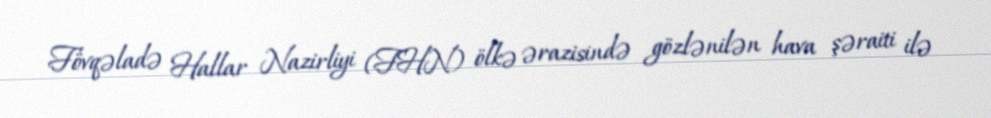
Fövqəladə Hallar Nazirliyi (FHN) ölkə ərazisində gözlənilən hava şəraiti ilə